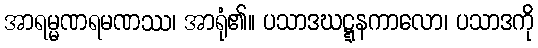
အာရမ္မဏရမဏဿ၊ အာရုံ၏။ ပသာဒဃဋ္ဋနကာလော၊ ပသာဒကို